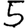
Digit: 5